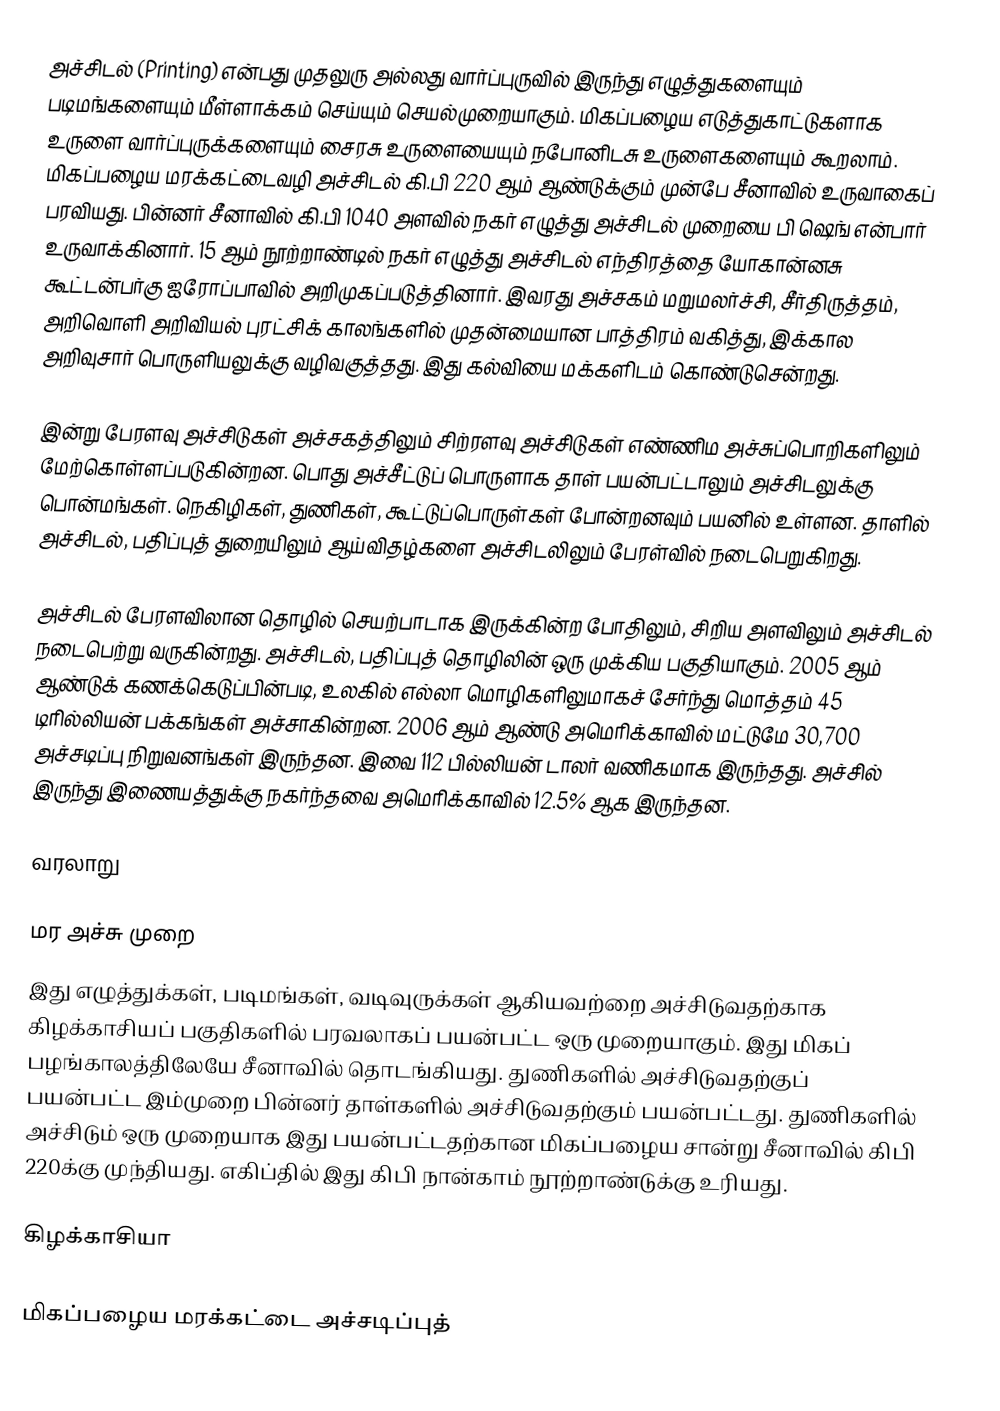
அச்சிடல் (Printing) என்பது முதலுரு அல்லது வார்ப்புருவில் இருந்து எழுத்துகளையும் படிமங்களையும் மீள்ளாக்கம் செய்யும் செயல்முறையாகும். மிகப்பழைய எடுத்துகாட்டுகளாக உருளை வார்ப்புருக்களையும் சைரசு உருளையையும் நபோனிடசு உருளைகளையும் கூறலாம். மிகப்பழைய மரக்கட்டைவழி அச்சிடல் கி.பி 220 ஆம் ஆண்டுக்கும் முன்பே சீனாவில் உருவாகைப் பரவியது. பின்னர் சீனாவில் கி.பி 1040 அளவில் நகர் எழுத்து அச்சிடல் முறையை பி ஷெங் என்பார் உருவாக்கினார். 15 ஆம் நூற்றாண்டில் நகர் எழுத்து அச்சிடல் எந்திரத்தை யோகான்னசு கூட்டன்பர்கு ஐரோப்பாவில் அறிமுகப்படுத்தினார். இவரது அச்சகம் மறுமலர்ச்சி, சீர்திருத்தம், அறிவொளி அறிவியல் புரட்சிக் காலங்களில் முதன்மையான பாத்திரம் வகித்து, இக்கால அறிவுசார் பொருளியலுக்கு வழிவகுத்தது. இது கல்வியை மக்களிடம் கொண்டுசென்றது.

இன்று பேரளவு அச்சிடுகள் அச்சகத்திலும் சிற்ரளவு அச்சிடுகள் எண்ணிம அச்சுப்பொறிகளிலும் மேற்கொள்ளப்படுகின்றன. பொது அச்சீட்டுப் பொருளாக தாள் பயன்பட்டாலும் அச்சிடலுக்கு பொன்மங்கள். நெகிழிகள், துணிகள், கூட்டுப்பொருள்கள் போன்றனவும் பயனில் உள்ளன. தாளில் அச்சிடல், பதிப்புத் துறையிலும் ஆய்விதழ்களை அச்சிடலிலும் பேரள்வில் நடைபெறுகிறது.

அச்சிடல் பேரளவிலான தொழில் செயற்பாடாக இருக்கின்ற போதிலும்,  சிறிய அளவிலும் அச்சிடல் நடைபெற்று வருகின்றது. அச்சிடல், பதிப்புத் தொழிலின் ஒரு முக்கிய பகுதியாகும். 2005 ஆம் ஆண்டுக் கணக்கெடுப்பின்படி, உலகில் எல்லா மொழிகளிலுமாகச் சேர்ந்து மொத்தம் 45 டிரில்லியன் பக்கங்கள் அச்சாகின்றன. 2006 ஆம் ஆண்டு அமெரிக்காவில் மட்டுமே 30,700 அச்சடிப்பு நிறுவனங்கள் இருந்தன. இவை 112 பில்லியன் டாலர் வணிகமாக இருந்தது. அச்சில் இருந்து இணையத்துக்கு நகர்ந்தவை அமெரிக்காவில் 12.5% ஆக இருந்தன.

வரலாறு

மர அச்சு முறை
இது எழுத்துக்கள், படிமங்கள், வடிவுருக்கள் ஆகியவற்றை அச்சிடுவதற்காக கிழக்காசியப் பகுதிகளில் பரவலாகப் பயன்பட்ட ஒரு முறையாகும். இது மிகப் பழங்காலத்திலேயே சீனாவில் தொடங்கியது. துணிகளில் அச்சிடுவதற்குப் பயன்பட்ட இம்முறை பின்னர் தாள்களில் அச்சிடுவதற்கும் பயன்பட்டது. துணிகளில் அச்சிடும் ஒரு முறையாக இது பயன்பட்டதற்கான மிகப்பழைய சான்று சீனாவில் கிபி 220க்கு முந்தியது. எகிப்தில் இது கிபி நான்காம் நூற்றாண்டுக்கு உரியது.

கிழக்காசியா

மிகப்பழைய மரக்கட்டை அச்சடிப்புத்